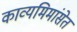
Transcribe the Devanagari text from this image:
काव्यमिमांसेत